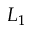
L _ { 1 }